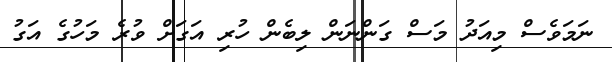
ނަމަވެސް މިއަދު މަސް ގަންނަން ލިބެން ހުރި އަގަށް ވުރެ މަހުގެ އަގު